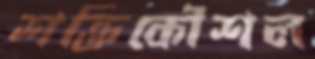
শক্তিকৌশল